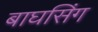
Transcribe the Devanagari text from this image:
बाघसिंग